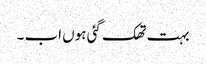
بہت تھک گئی ہوں اب ۔